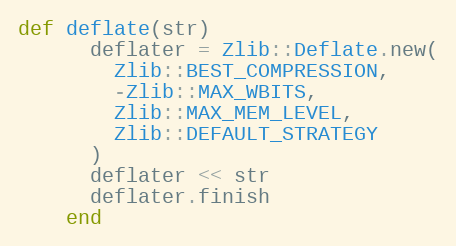
Language: Ruby
def deflate(str)
      deflater = Zlib::Deflate.new(
        Zlib::BEST_COMPRESSION,
        -Zlib::MAX_WBITS,
        Zlib::MAX_MEM_LEVEL,
        Zlib::DEFAULT_STRATEGY
      )
      deflater << str
      deflater.finish
    end